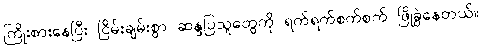
ကြိုးစားနေပြီး ငြိမ်းချမ်းစွာ ဆန္ဒပြသူတွေကို ရက်ရက်စက်စက် ဖြိုခွဲနေတယ်။